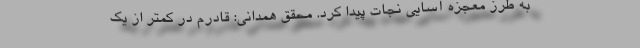
به طرز معجزه آسایی نجات پیدا کرد. محقق همدانی: قادرم در کمتر از یک